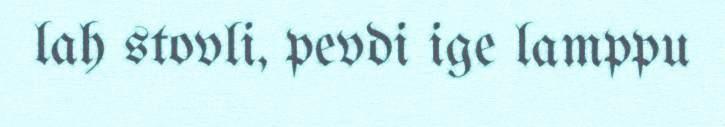
lah stovli, pevdi ige lamppu